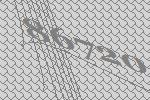
86720